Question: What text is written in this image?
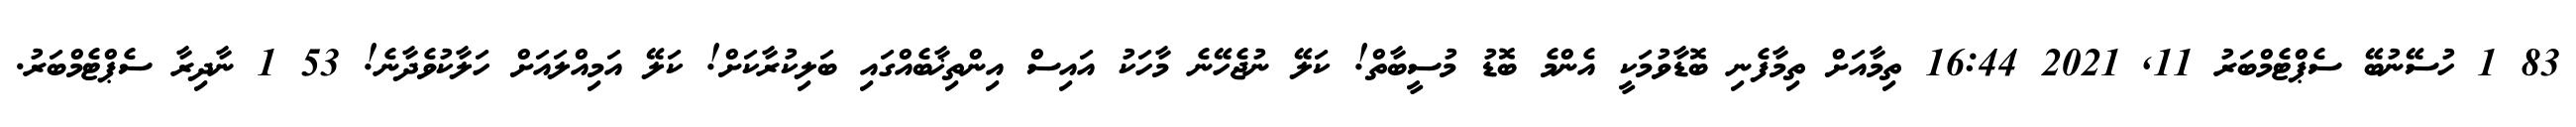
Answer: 83 1 ހުސޭނުބޭ ސެޕްޓެމްބަރު 11, 2021 16:44 ތިމާއަށް ތިމާފެނި ބޮޑާވުމަކީ އެންމެ ބޮޑު މުސީބާތް! ކަލޭ ނުޖެހޭނެ މާހަކު އައިސް އިންތިޚާބެއްގައި ބަލިކުރާކަށް! ކަލޭ އަމިއްލައަށް ހަލާކުވެދާނެ! 53 1 ނާދިރާ ސެޕްޓެމްބަރު.